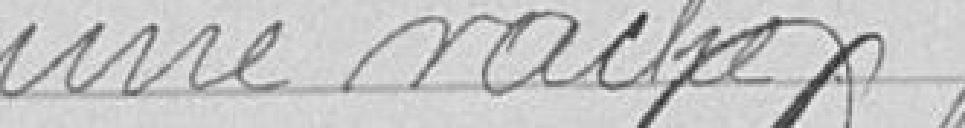
une vache